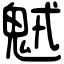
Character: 𩲭